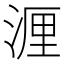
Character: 湹